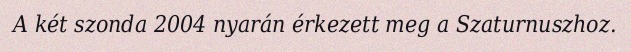
A két szonda 2004 nyarán érkezett meg a Szaturnuszhoz.